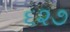
૬૨૭